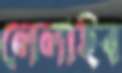
লেলাইব